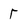
Character: r